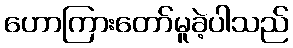
ဟောကြားတော်မူခဲ့ပါသည်